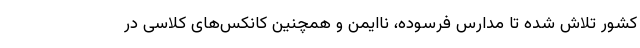
کشور تلاش شده تا مدارس فرسوده، ناایمن و همچنین کانکس‌های کلاسی در